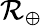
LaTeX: \mathcal{R}_{\oplus}